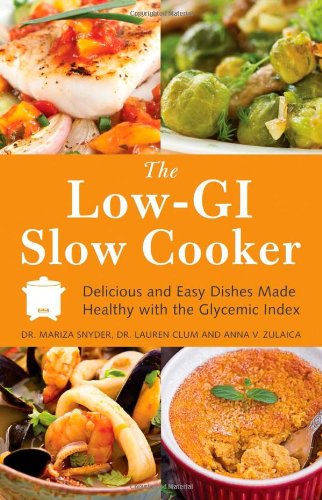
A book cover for The Low GI Slow Cooker: Delicious and Easy Dishes Made Healthy with the Glycemic Index; Mariza Snyder; Cookbooks, Food & Wine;